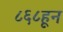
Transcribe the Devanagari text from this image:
८६८हून